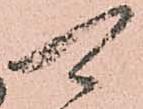
可